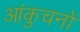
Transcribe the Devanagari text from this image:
आंकुचनों